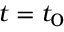
\scriptstyle t \; = \; t _ { 0 }